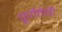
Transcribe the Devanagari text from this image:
पूर्णतेची